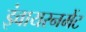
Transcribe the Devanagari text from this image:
इंवायरनमेंट